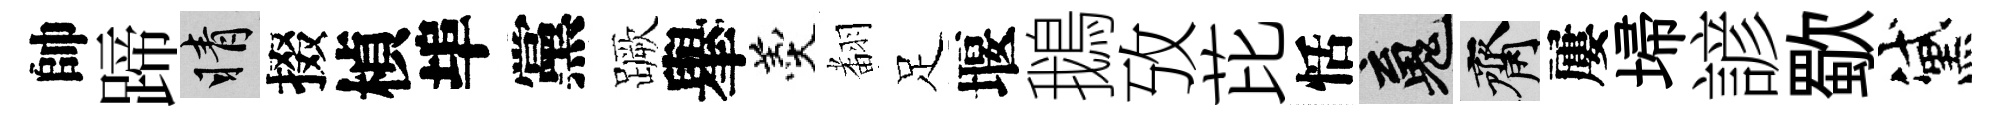
帥蹄睛掇楨埠黨蹶𦦙羹𮋒足堰鵝攷芘恬魂齋屢埽諺歜黛